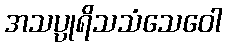
အသပ္ပုရိသသံသေဝေါ